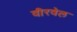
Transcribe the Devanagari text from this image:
वीरवेल